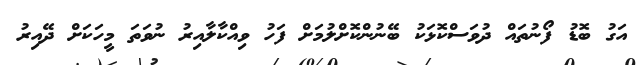
އަގު ބޮޑު ފޯނުތައް ދުވަސްކޮޅަކު ބޭނުންކޮށްލުމަށް ފަހު ވިއްކާލާއިރު ނުވަތަ މީހަކަށް ދޭއިރު